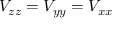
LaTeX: V _ { z z } = V _ { y y } = V _ { x x }